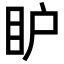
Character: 𥄅